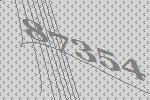
87354